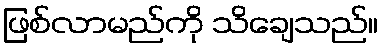
ဖြစ်လာမည်ကို သိချေသည်။